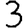
Digit: 3